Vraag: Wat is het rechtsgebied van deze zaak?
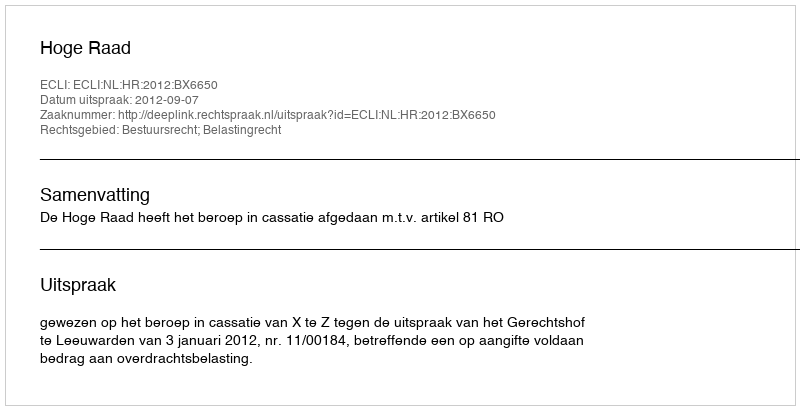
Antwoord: Bestuursrecht; Belastingrecht